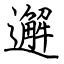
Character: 邂